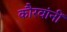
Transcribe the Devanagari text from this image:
कौरवांनीं